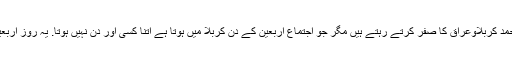
ویسے تو سرکارِ سیّد الشہداء کی زیارت کے لیے سال کے ہر موسم اور ہر ماہ میں محبّانِ آل محمّدؐ کربلاوعراق کا صفر کرتے رہتے ہیں مگر جو اجتماع اربعین کے دن کربلا میں ہوتا ہے اتنا کسی اور دن نہیں ہوتا. یہ روزِ اربعین کیا ہے اور اِس دن کی زیارت کی کیا فضیلت ہے اس کا ایک مختصر جائزہ پیشِ خدمت ہے۔